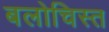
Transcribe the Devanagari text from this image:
बलोचिस्त